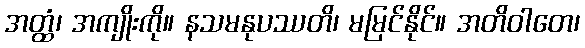
အတ္ထံ၊ အကျိုးကို။ နသမနုပဿတိ၊ မမြင်နိုင်။ အတိဝါတေ၊